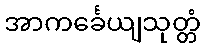
အာကင်္ခေယျသုတ္တံ